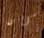
كان